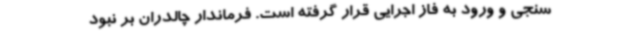
سنجی و ورود به فاز اجرایی قرار گرفته است. فرماندار چالدران بر نبود